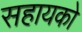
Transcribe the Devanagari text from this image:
सहायको